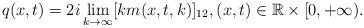
LaTeX: \begin{align*} q(x,t)=2i\lim_{k\rightarrow\infty} [km(x,t,k)]_{12}, (x,t)\in\mathbb{R}\times[0,+\infty). \end{align*}